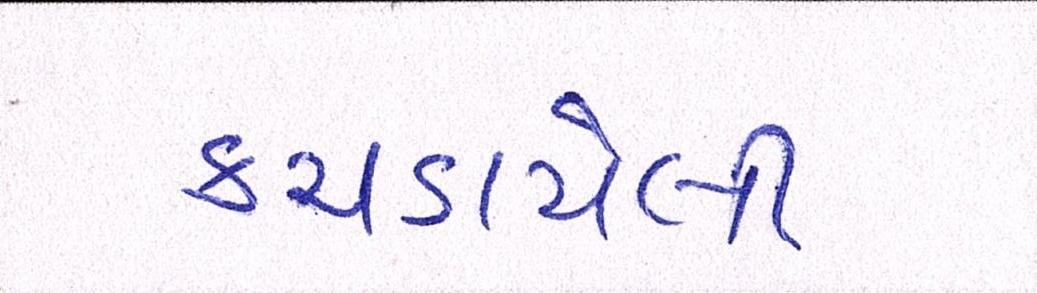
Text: કચડાયેલી